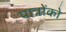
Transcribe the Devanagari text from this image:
पात्रोंको